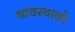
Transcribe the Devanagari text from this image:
व्यवस्थाको